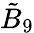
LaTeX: {\tilde{B}}_{9}